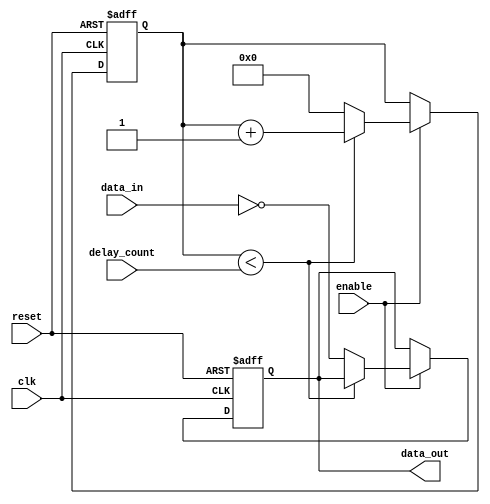
module NAND_Gate_Delay (
    input wire clk,
    input wire reset,
    input wire enable,
    input wire [7:0] delay_count,
    input wire data_in,
    output reg data_out
);

reg [7:0] delay_counter;

always @(posedge clk or posedge reset) begin
    if (reset) begin
        delay_counter <= 8'b0;
        data_out <= 1'b0;
    end else if (enable) begin
        if (delay_counter < delay_count) begin
            delay_counter <= delay_counter + 1;
        end else begin
            delay_counter <= 8'b0;
            data_out <= ~data_in;
        end
    end
end

endmodule